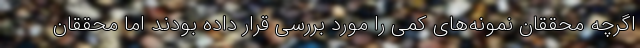
اگرچه محققان نمونه‌های کمی را مورد بررسی قرار داده بودند اما محققان